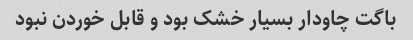
باگت چاودار بسیار خشک بود و قابل خوردن نبود